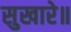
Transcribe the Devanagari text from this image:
सुखारे॥